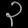
Digit: ၃